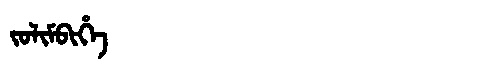
Manchu: ᠵᠣᠯᡳᠮᠪᡳᡥᡝ
Romanization: JOLIMBIHE